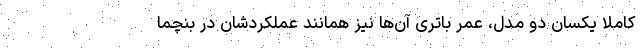
کاملا یکسان دو مدل، عمر باتری آن‌ها نیز همانند عملکردشان در بنچما